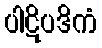
ပါဋိပဒိကံ